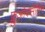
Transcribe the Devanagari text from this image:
फ्लुओक्सेतिने